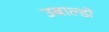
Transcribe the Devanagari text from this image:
उबाल्डो